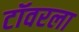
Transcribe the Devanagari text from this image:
टॉवरला